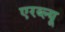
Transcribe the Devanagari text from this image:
एरब्ल्यू